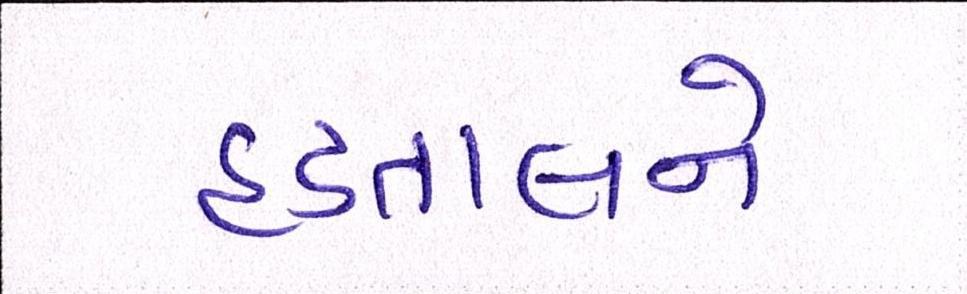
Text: હડતાલને